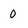
Character: O